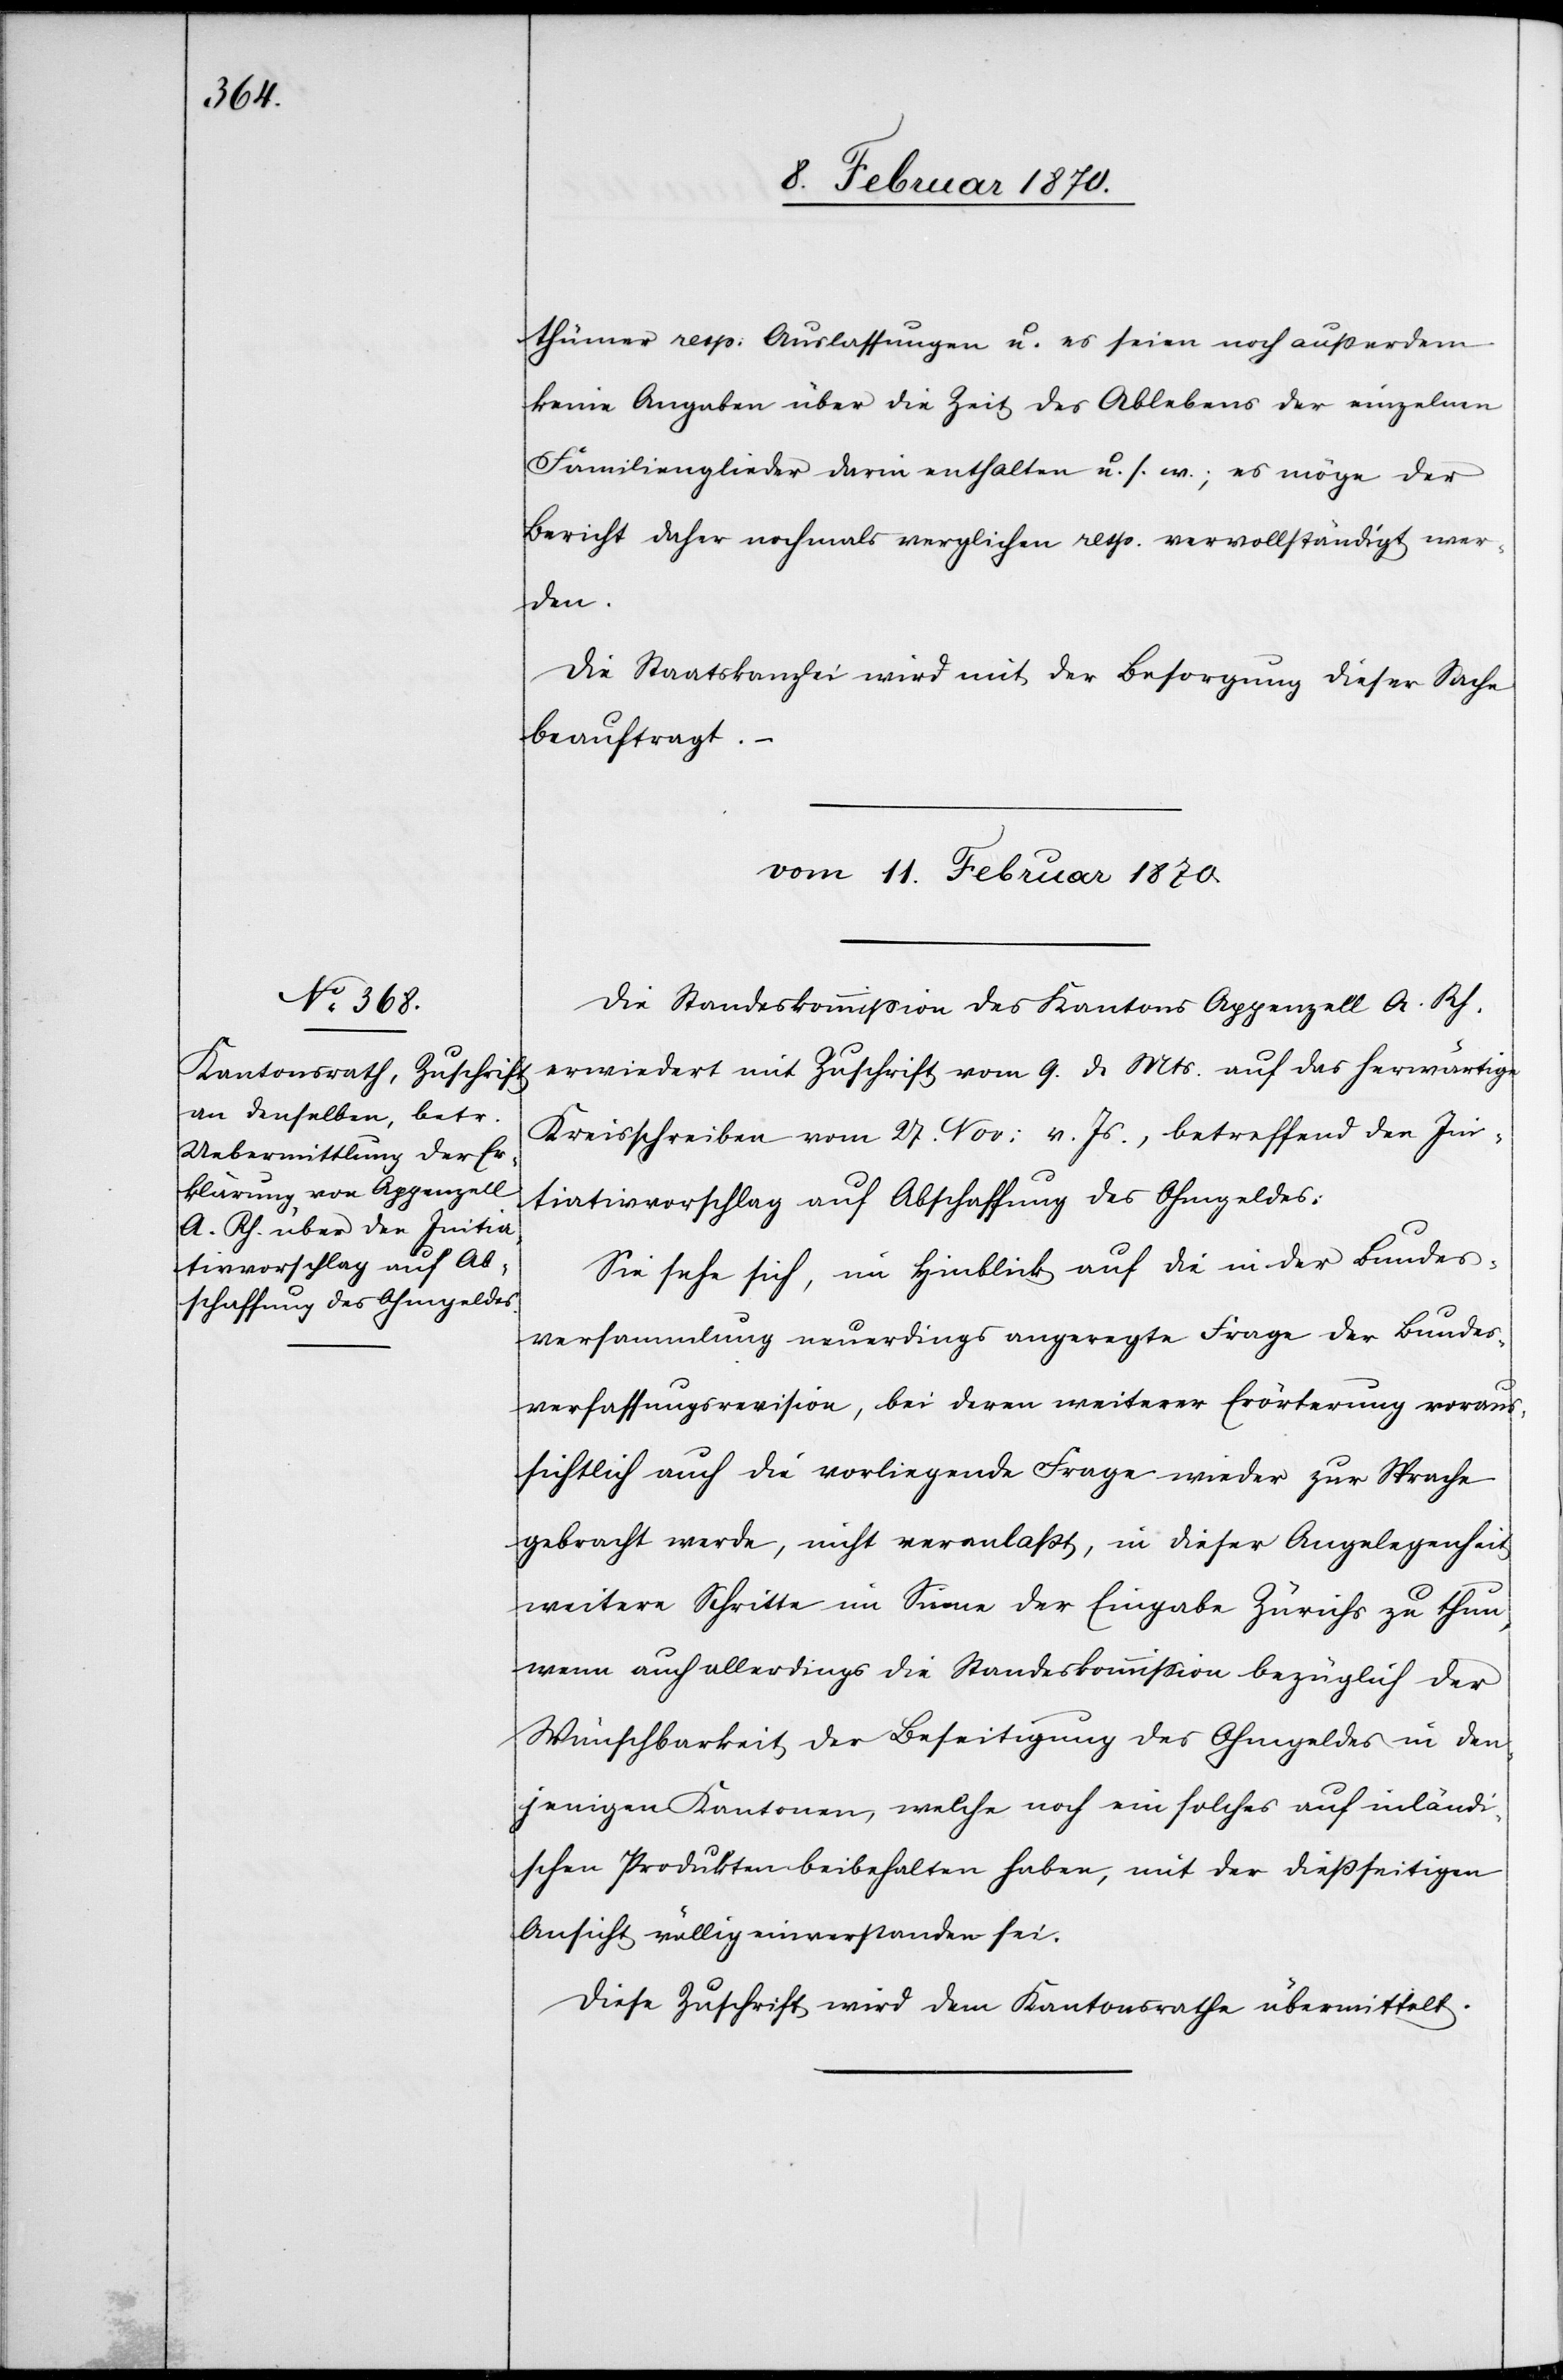
thümer resp: Auslassungen u. es seien noch außerdem
keine Angaben über die Zeit des Ablebens der einzelnen
Familienglieder darin enthalten u. s. w.; es möge der
Bericht daher nochmals verglichen resp. vervollständigt wer¬
den.
Die Staatskanzlei wird mit der Besorgung dieser Sache
beauftragt.
vom 11. Februar 1870.
Die Standeskommission des Kantons Appenzell A. Rh.
erwiedert mit Zuschrift vom 9. d. Mts. auf das herwärtige
Kreisschreiben vom 27. Nov: v. Js., betreffend den In¬
itiativvorschlag auf Abschaffung des Ohmgeldes:
Sie sehe sich, im Hinblick auf die in der Bundes¬
versammlung neuerdings angeregte Frage der Bundes¬
verfassungsrevision, bei deren weiterer Erörterung voraus¬
sichtlich auch die vorliegende Frage wieder zur Sprache
gebracht werde, nicht veranlasst, in dieser Angelegenheit
weitere Schritte im Sinne der Eingabe Zürichs zu thun,
wenn auch allerdings die Standeskommission bezüglich der
Wünschbarkeit der Beseitigung des Ohmgeldes in den¬
jenigen Kantonen, welche noch ein solches auf inländi¬
schen Produkten beibehalten haben, mit der dießseitigen
Ansicht völlig einverstanden sei.
Diese Zuschrift wird dem Kantonsrathe übermittelt.